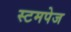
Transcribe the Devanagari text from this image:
स्टमपेज